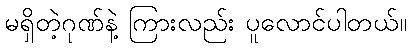
မရှိတဲ့ဂုဏ်နဲ့ ကြားလည်း ပူလောင်ပါတယ်။